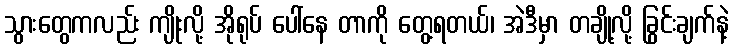
သွားတွေကလည်း ကျိုးလို့ အိုရုပ် ပေါ်နေ တာကို တွေ့ရတယ်၊ အဲဒီမှာ တချို့လို့ ခြွင်းချက်နဲ့